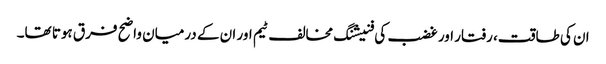
ان کی طاقت، رفتار اور غضب کی فنیشنگ مخالف ٹیم اور ان کے درمیان واضح فرق ہوتا تھا۔